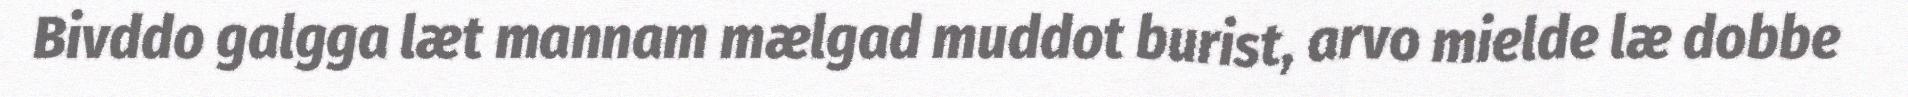
Bivddo galgga læt mannam mælgad muddot burist, arvo mielde læ dobbe